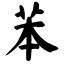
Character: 苯